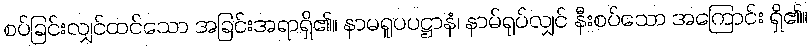
စပ်ခြင်းလျှင်ထင်သော အခြင်းအရာရှိ၏။ နာမရူပပဋ္ဌာနံ၊ နာမ်ရုပ်လျှင် နီးစပ်သော အကြောင်း ရှိ၏။